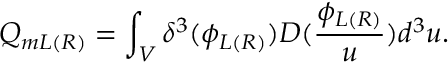
Q _ { m L ( R ) } = \int _ { V } \delta ^ { 3 } ( \phi _ { L ( R ) } ) D ( \frac { \phi _ { L ( R ) } } u ) d ^ { 3 } u .